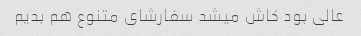
عالی بود کاش میشد سفارشای متنوع هم بدیم